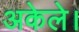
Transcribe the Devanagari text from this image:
अकेले।